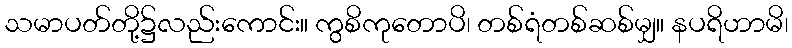
သမာပတ်တို့၌လည်းကောင်း။ ကွစိကုတောပိ၊ တစ်ရံတစ်ဆစ်မျှ။ နပရိဟာမိ၊